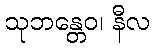
သုဘန္တေဝ၊ နီလ